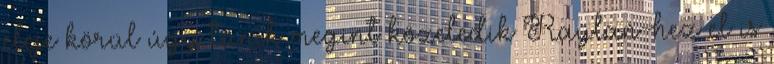
eleje körül úgy tűnik megint közeledik Raylan-hez el is